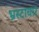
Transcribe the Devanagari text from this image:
भ्रस्टाचार